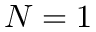
N = 1